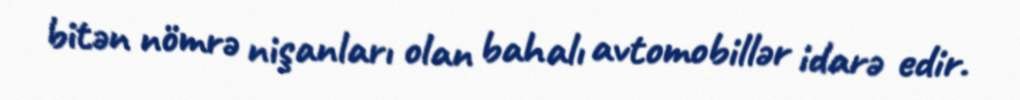
bitən nömrə nişanları olan bahalı avtomobillər idarə edir.